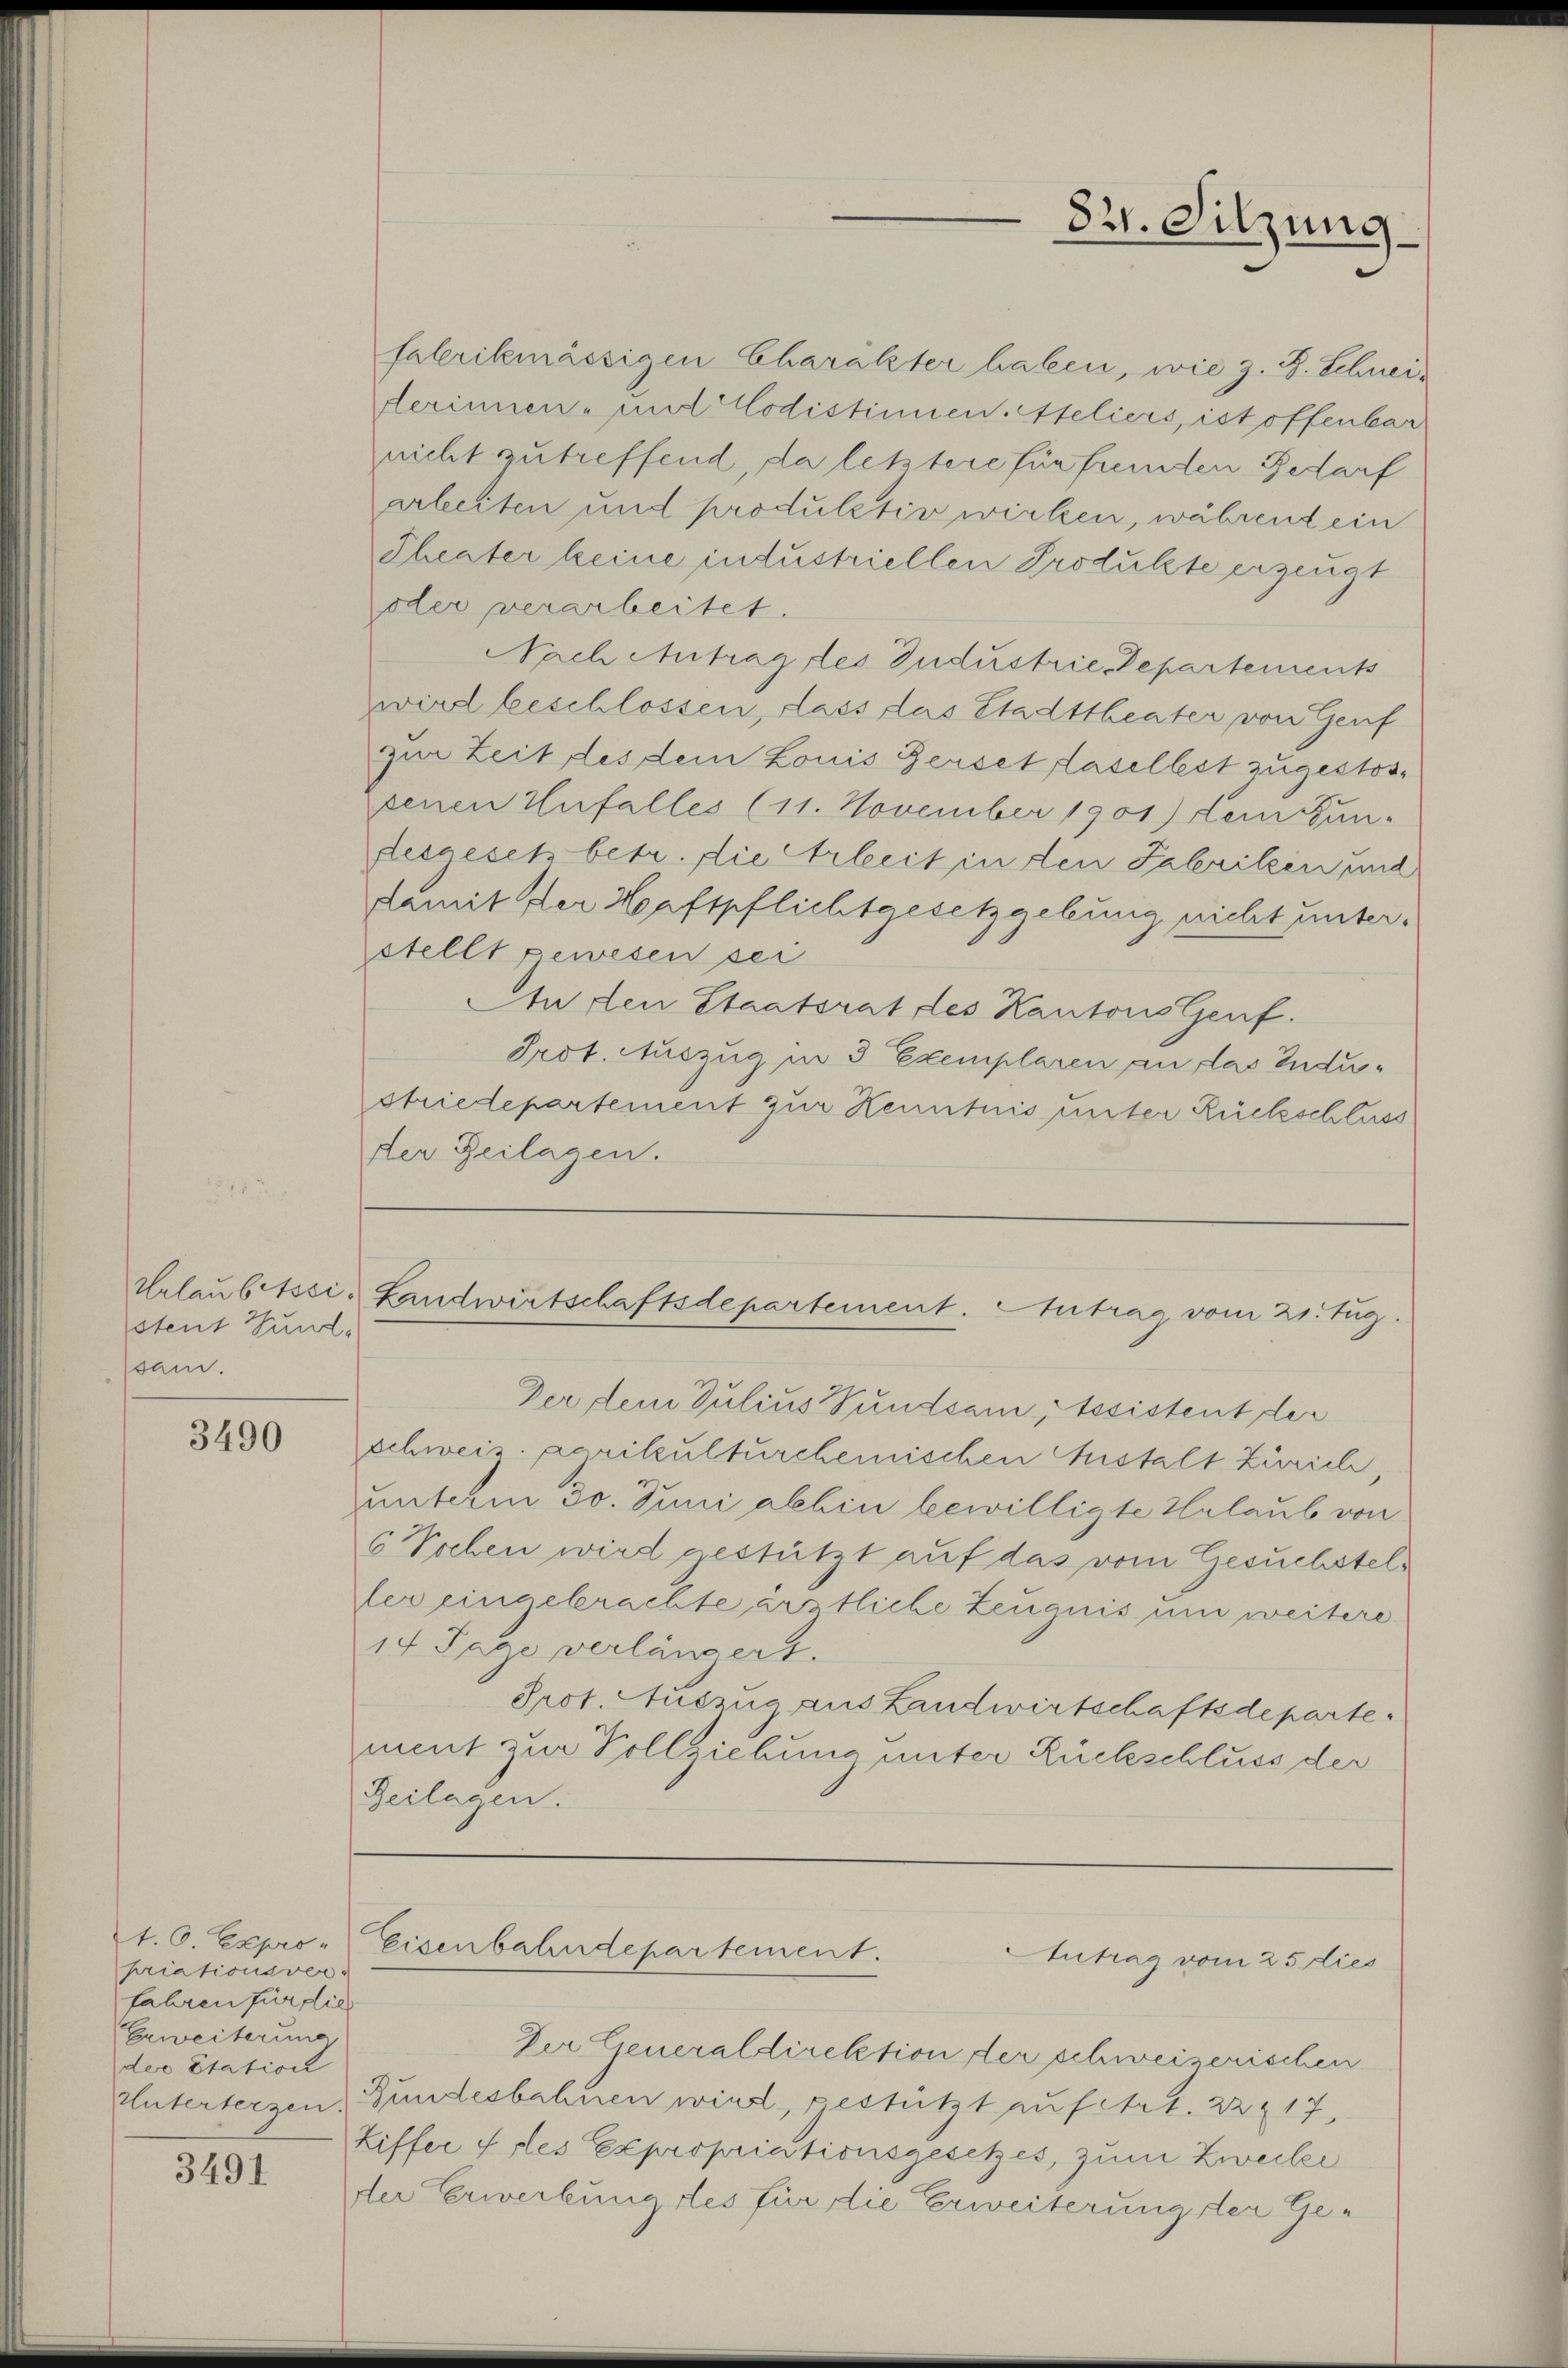
Urlaubtscistent Hund,
sam.

3490

priationsver-
fahren für dies
Erweiterung,
der Etation

3491

falerikmässigen Charakter haben, wie z. B. Schneilerinnen- und lodistinnen Ateliers, ist offenbar
nicht zutreffend, da letztere für fremden Bedarf
arbeiten und produlativ wirken, während ein
Theater keine intustriellen Produkte erzeugt
oder verarbeitet.
Nach Antrag des Industrie Departements
wird beschlossen, dass das Stadttheater von Genf
zur Zeit des dem Louis Ferset laselbst zugestos-
senen Unfalles (11. November 1901) Leitun-
desgesetz betr. die Arbeit in den Fabrilzen und
damit der Haftpflichtgesetzgebung nicht unterstellt gewesen sei
An den Staatsrat des Kantons Genf.
Prot. Auszug in 3 Exemplaren an das Industriedepartement zur Kenntnis unter Rückschluss
der Zeilagen.

321. Sitzung

Landwirtschaftsdepartement. Antrag vom 21. Aug.

Der Dein Julius Pundsamtssistent der
schweiz. Karikulturchemischen Anstalt Zürich,
unterm 30. Juni abhin bewilligte Urlaub von
6 Wochen wird gestützt auf das vom Gesuchstelfer eingebrachte ärtliche Zeugnis um weitere
14 Tage verlängert.
Prot. Auszug aus Landwirtschaftsdeparte
ment zur Vollziehung unter Rückschluss der
Beilagen.

Der Generaldirektion der schweizerischen
Unterterzen. Bundesbahnen wird, gestützt aufert. 22 & 17.
Ziffer les Expropriationsgesetzes, zum Zwecke
de Erwerbung des für die Erweiterung der Ge¬

t.6 Expro- Eisenbahndepartement.
Antrag vom 25 dies